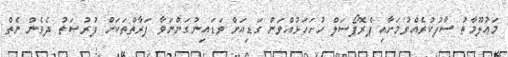
މަޢުލޫމާތު ސާފުކުރެއްވުމަށާއި ޕްރޮޕޯސަލް ހުށަހަޅުއްވަން ގަޑިއަށް ވަޑައިނުގަންނަވާ ފަރާތްތަކަށް ފުރުޞަތު ދެވެން ނެތް